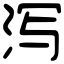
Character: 泻